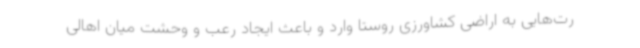
رت‌هایی به اراضی کشاورزی روستا وارد و باعث ایجاد رعب و وحشت میان اهالی